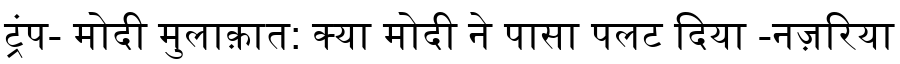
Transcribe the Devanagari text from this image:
ट्रंप- मोदी मुलाक़ात: क्या मोदी ने पासा पलट दिया -नज़रिया